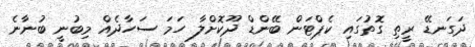
ދަގަނޑޭ ރީތި ގޮތުގައި ކެޕްޓަން ބޭންޑް ދޫކޮށްލާ ހަމަ ސަހާދެއް މިބުނީ ބުނާނެ